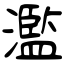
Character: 濫